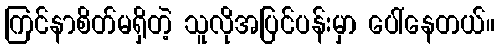
ကြင်နာစိတ်မရှိတဲ့ သူလိုအပြင်ပန်းမှာ ပေါ်နေတယ်။